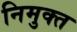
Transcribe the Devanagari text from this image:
निमुक्त